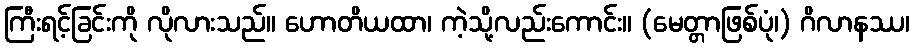
ကြီးရင့်ခြင်းကို လိုလားသည်။ ဟောတိယထာ၊ ကဲ့သို့လည်းကောင်း။ (မေတ္တာဖြစ်ပုံ၊) ဂိလာနဿ၊